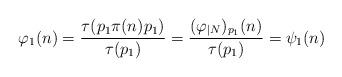
LaTeX: \begin{align*} \varphi_1(n)=\frac{\tau(p_1\pi(n)p_1)}{\tau(p_1)} =\frac{(\varphi_{|N})_{p_1}(n)}{\tau(p_1)} =\psi_1(n)\end{align*}